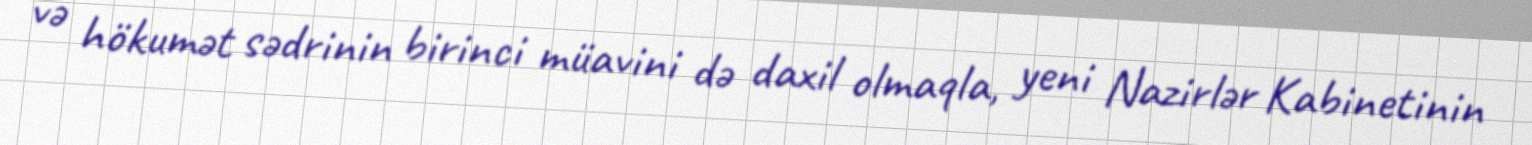
və hökumət sədrinin birinci müavini də daxil olmaqla, yeni Nazirlər Kabinetinin